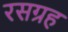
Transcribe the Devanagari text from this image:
रसग्रह